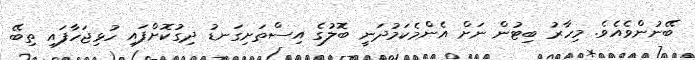
ބޭނުންވެއެވެ. މިހާރު ބިޓުން ނަށް އެންމެކަމުދަނީ ބޮލުގެ އިސްތަށިގަނޑު ދިގުކޮށްފައި ހުޅިޖަހާފައި ތިބޭ